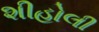
શીહોલી